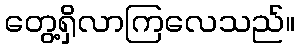
တွေ့ရှိလာကြလေသည်။